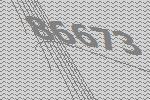
86673